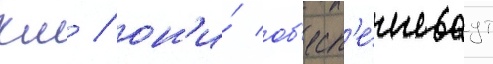
км / он'и́ об'есп'е́чиваут